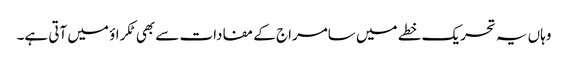
وہاں یہ تحریک خطے میں سامراج کے مفادات سے بھی ٹکراؤ میں آتی ہے۔